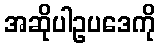
အဆိုပါဥပဒေကို